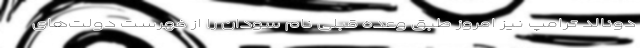
دونالد ترامپ نیز امروز طبق وعده قبلی نام سودان را از فهرست دولت‌های